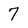
Character: 7